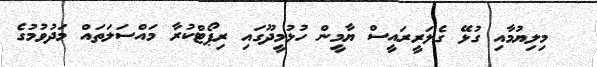
މިލިޔުމާއި ގުޅޭ ގެލަރީރައީސް ޔާމީން ހުޅުމީދޫގައި ރިޕޯޓްކުރާ މައްސަލަތައް މަދުވުމުގެ